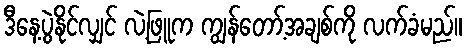
ဒီနေ့ပွဲနိုင်လျှင် လဲ့ဖြူက ကျွန်တော့်အချစ်ကို လက်ခံမည်။